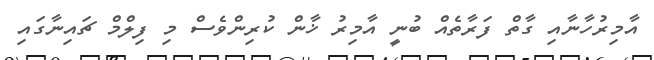
އާމިރުހާނާއި ގާތް ފަރާތެއް ބުނީ އާމިރު ޚާން ކުރިންވެސް މި ފިލްމް ޗައިނާގައި